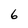
Character: 6